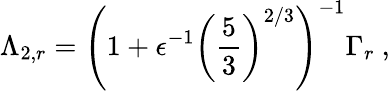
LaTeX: \Lambda_{2,r}=\left(1+\epsilon^{-1}\left(\frac 53\right)^{2/3}\right)^{-1}\Gamma_{r}\ ,